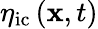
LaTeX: \eta_{\mathrm{{ic}}}\left(\mathbf{x},t\right)